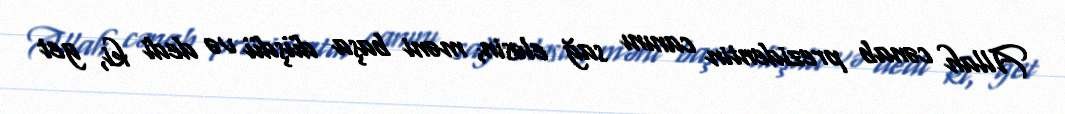
Allah cənab prezidentin canını sağ eləsin, məni başa düşdü və dedi ki, get